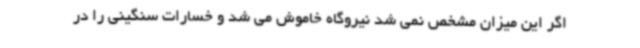
اگر این میزان مشخص نمی شد نیروگاه خاموش می شد و خسارات سنگینی را در